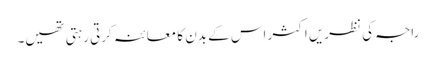
راجہ کی نظریں اکثر اس کے بدن کا معائنہ کرتی رہتی تھیں۔